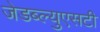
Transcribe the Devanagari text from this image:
जेडब्ल्युएसटी